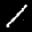
Label: 1